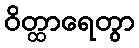
ဝိတ္ထာရေတွာ